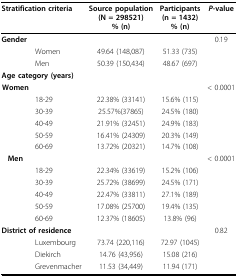
| <COLSPAN=2> Stratification criteria | Source population(N = 298521)% (n) | Participants(n = 1432)% (n) | P-value |
 | --- | --- | --- | --- | --- |
 | <COLSPAN=2> Gender |  |  | 0.19 |
 |  | Women | 49.64 (148,087) | 51.33 (735) |  |
 |  | Men | 50.39 (150,434) | 48.67 (697) |  |
 | <COLSPAN=2> Age category (years) |  |  |  |
 | Women |  |  |  | < 0.0001 |
 |  | 18-29 | 22.38% (33141) | 15.6% (115) |  |
 |  | 30-39 | 25.57%(37865) | 24.5% (180) |  |
 |  | 40-49 | 21.91% (32451) | 24.9% (183) |  |
 |  | 50-59 | 16.41% (24309) | 20.3% (149) |  |
 |  | 60-69 | 13.72% (20321) | 14.7% (108) |  |
 | Men |  |  |  | < 0.0001 |
 |  | 18-29 | 22.34% (33619) | 15.2% (106) |  |
 |  | 30-39 | 25.72% (38699) | 24.5% (171) |  |
 |  | 40-49 | 22.47% (33811) | 27.1% (189) |  |
 |  | 50-59 | 17.08% (25700) | 19.4% (135) |  |
 |  | 60-69 | 12.37% (18605) | 13.8% (96) |  |
 | <COLSPAN=2> District of residence |  |  | 0.82 |
 |  | Luxembourg | 73.74 (220,116) | 72.97 (1045) |  |
 |  | Diekirch | 14.76 (43,956) | 15.08 (216) |  |
 |  | Grevenmacher | 11.53 (34,449) | 11.94 (171) |  |